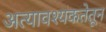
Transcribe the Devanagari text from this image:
अत्यावश्यकतेतून